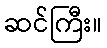
ဆင်ကြီး။